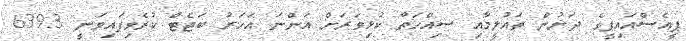
ޕީއެސްއައިޕީގެ ދަށުން ތައުލީމާއި ސިއްހަތާ ކުޅިވަރަށް އަންނަ އަހަރު ބަޖެޓް ކުރެވިފައިވަނީ 639.3